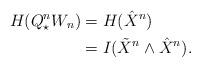
LaTeX: \begin{align*}H(Q_\star^n W_n)&=H(\hat{X}^n)\\&=I(\tilde{X}^n\wedge\hat{X}^n).\end{align*}